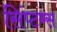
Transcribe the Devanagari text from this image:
सिंप्टम्स